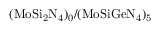
\mathrm { ( M o S i _ { 2 } N _ { 4 } ) _ { 0 } / ( M o S i G e N _ { 4 } ) _ { 5 } }